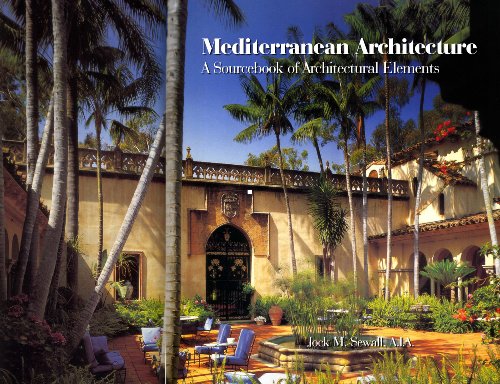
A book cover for Mediterranean Architecture: A Sourcebook of Architectural Elements; Jock Sewall; Arts & Photography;